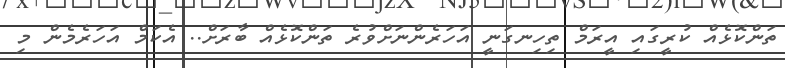
ތަންކޮޅެއް ކުރީގައި އީރަމް ތިހިނގަނީ އަހަރެންނަށްވުރެ ތަންކޮޅެއް ބާރަށް.. އެކަމް އަހަރެމެން މި